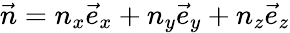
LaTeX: \vec{n}=n_{x}\vec{e}_{x}+n_{y}\vec{e}_{y}+n_{z}\vec{e}_{z}